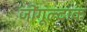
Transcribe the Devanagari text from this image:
जोंगूल्दाक